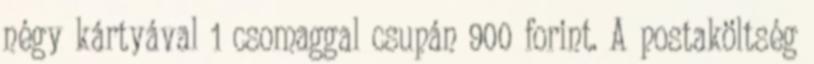
négy kártyával 1 csomaggal csupán 900 forint. A postaköltség